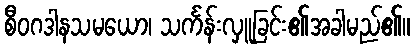
စီဝဂဒါနသမယော၊ သင်္ကန်းလှူခြင်း၏အခါမည်၏။